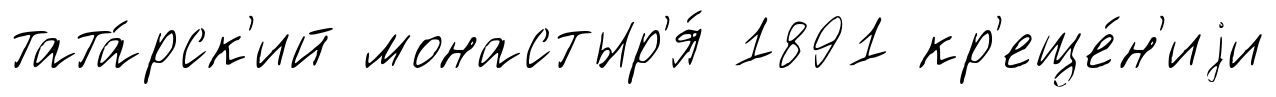
тата́рск'ий монастыр'я́ 1891 кр'еще́н'иjи